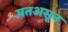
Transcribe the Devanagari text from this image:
मतअसून